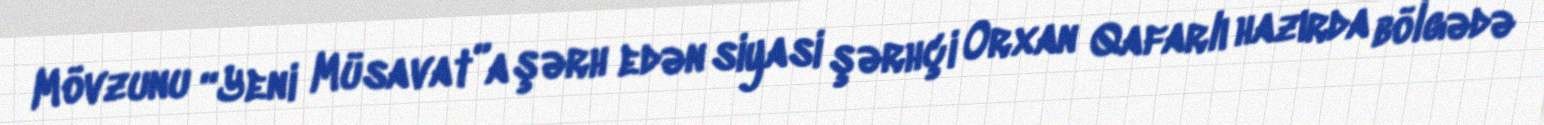
Mövzunu “Yeni Müsavat”a şərh edən siyasi şərhçi Orxan Qafarlı hazırda bölgədə